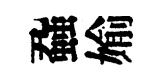
蝨媮